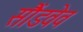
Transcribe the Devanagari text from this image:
सौंडवेव